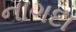
નાગદા